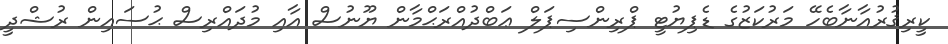
ކީރިޤުރުއާނާބެހޭ މަރުކަޒުގެ ޑެޕިޔުޓީ ޕްރިންސިޕަލް ޢަބްދުއްރަޙްމާން ޔޫނުސް އާއި މުދައްރިސް ޙުސައިން ރުޝްދީ